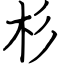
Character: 杉